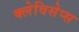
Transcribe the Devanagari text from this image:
क्लेविसेप्स